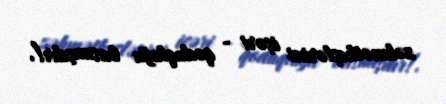
zəhmətkeşlərini içəri - qoduqluğa basmışdır!.